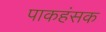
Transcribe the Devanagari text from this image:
पाकहंसक